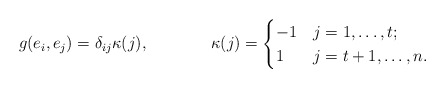
\begin{align*}g(e_i,e_j) &= \delta_{ij}\kappa(j) , & \kappa(j) &= \begin{cases}-1 & j=1,\ldots,t;\\ 1 & j=t+1,\ldots,n. \end{cases}\end{align*}